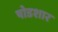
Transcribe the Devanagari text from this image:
षोडशार